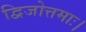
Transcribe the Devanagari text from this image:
द्विजोत्तमाः।